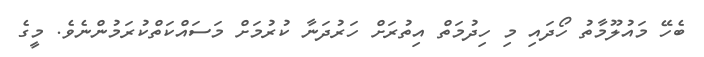
ބެހޭ މައުލޫމާތު ހޯދައި މި ހިދުމަތް އިތުރަށް ހަރުދަނާ ކުރުމަށް މަސައްކަތްކުރަމުންނެވެ. މީގެ